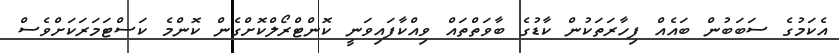
އެކަމުގެ ސަބަބުން ބައެއް ފިހާރަތަކުން ކާޑުގެ ބާވަތްތައް ވިއްކާފައިވަނީ ކޮންޓްރޯލްކޮށްގެން ކޮންމެ ކަސްޓަމަރަކަށްވެސް